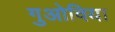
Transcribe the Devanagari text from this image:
गुओविया